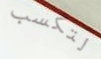
لتكسب